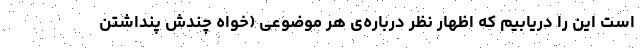
است این را دریابیم که اظهار نظر درباره‌ی هر موضوعی (خواه چندش پنداشتن